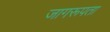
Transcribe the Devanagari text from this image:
जागरूपता